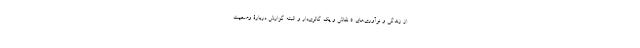
از زندگی و نوآوری‌های 5 نقاش و یک گالری‌دار و البته گزارش دربارۀ وضعیت